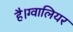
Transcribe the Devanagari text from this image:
है।ग्वालियर